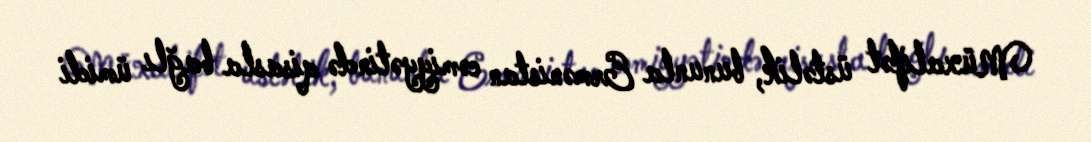
Müxalifət üstəlik, bununla Ermənistan cəmiyyətində qisasla bağlı ümidi